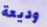
وديعة